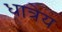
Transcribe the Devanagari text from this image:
धात्रेय